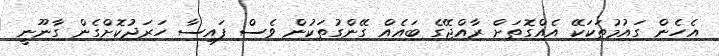
އެހެން ގައުމުތަކަކޭ އެއްގޮތަށް ރާއްޖޭގެ ބައެއް ގޭންގުތަކުން ވެސް ފައިސާ ހަރަދުކޮށްގެން ގާނޫނީ